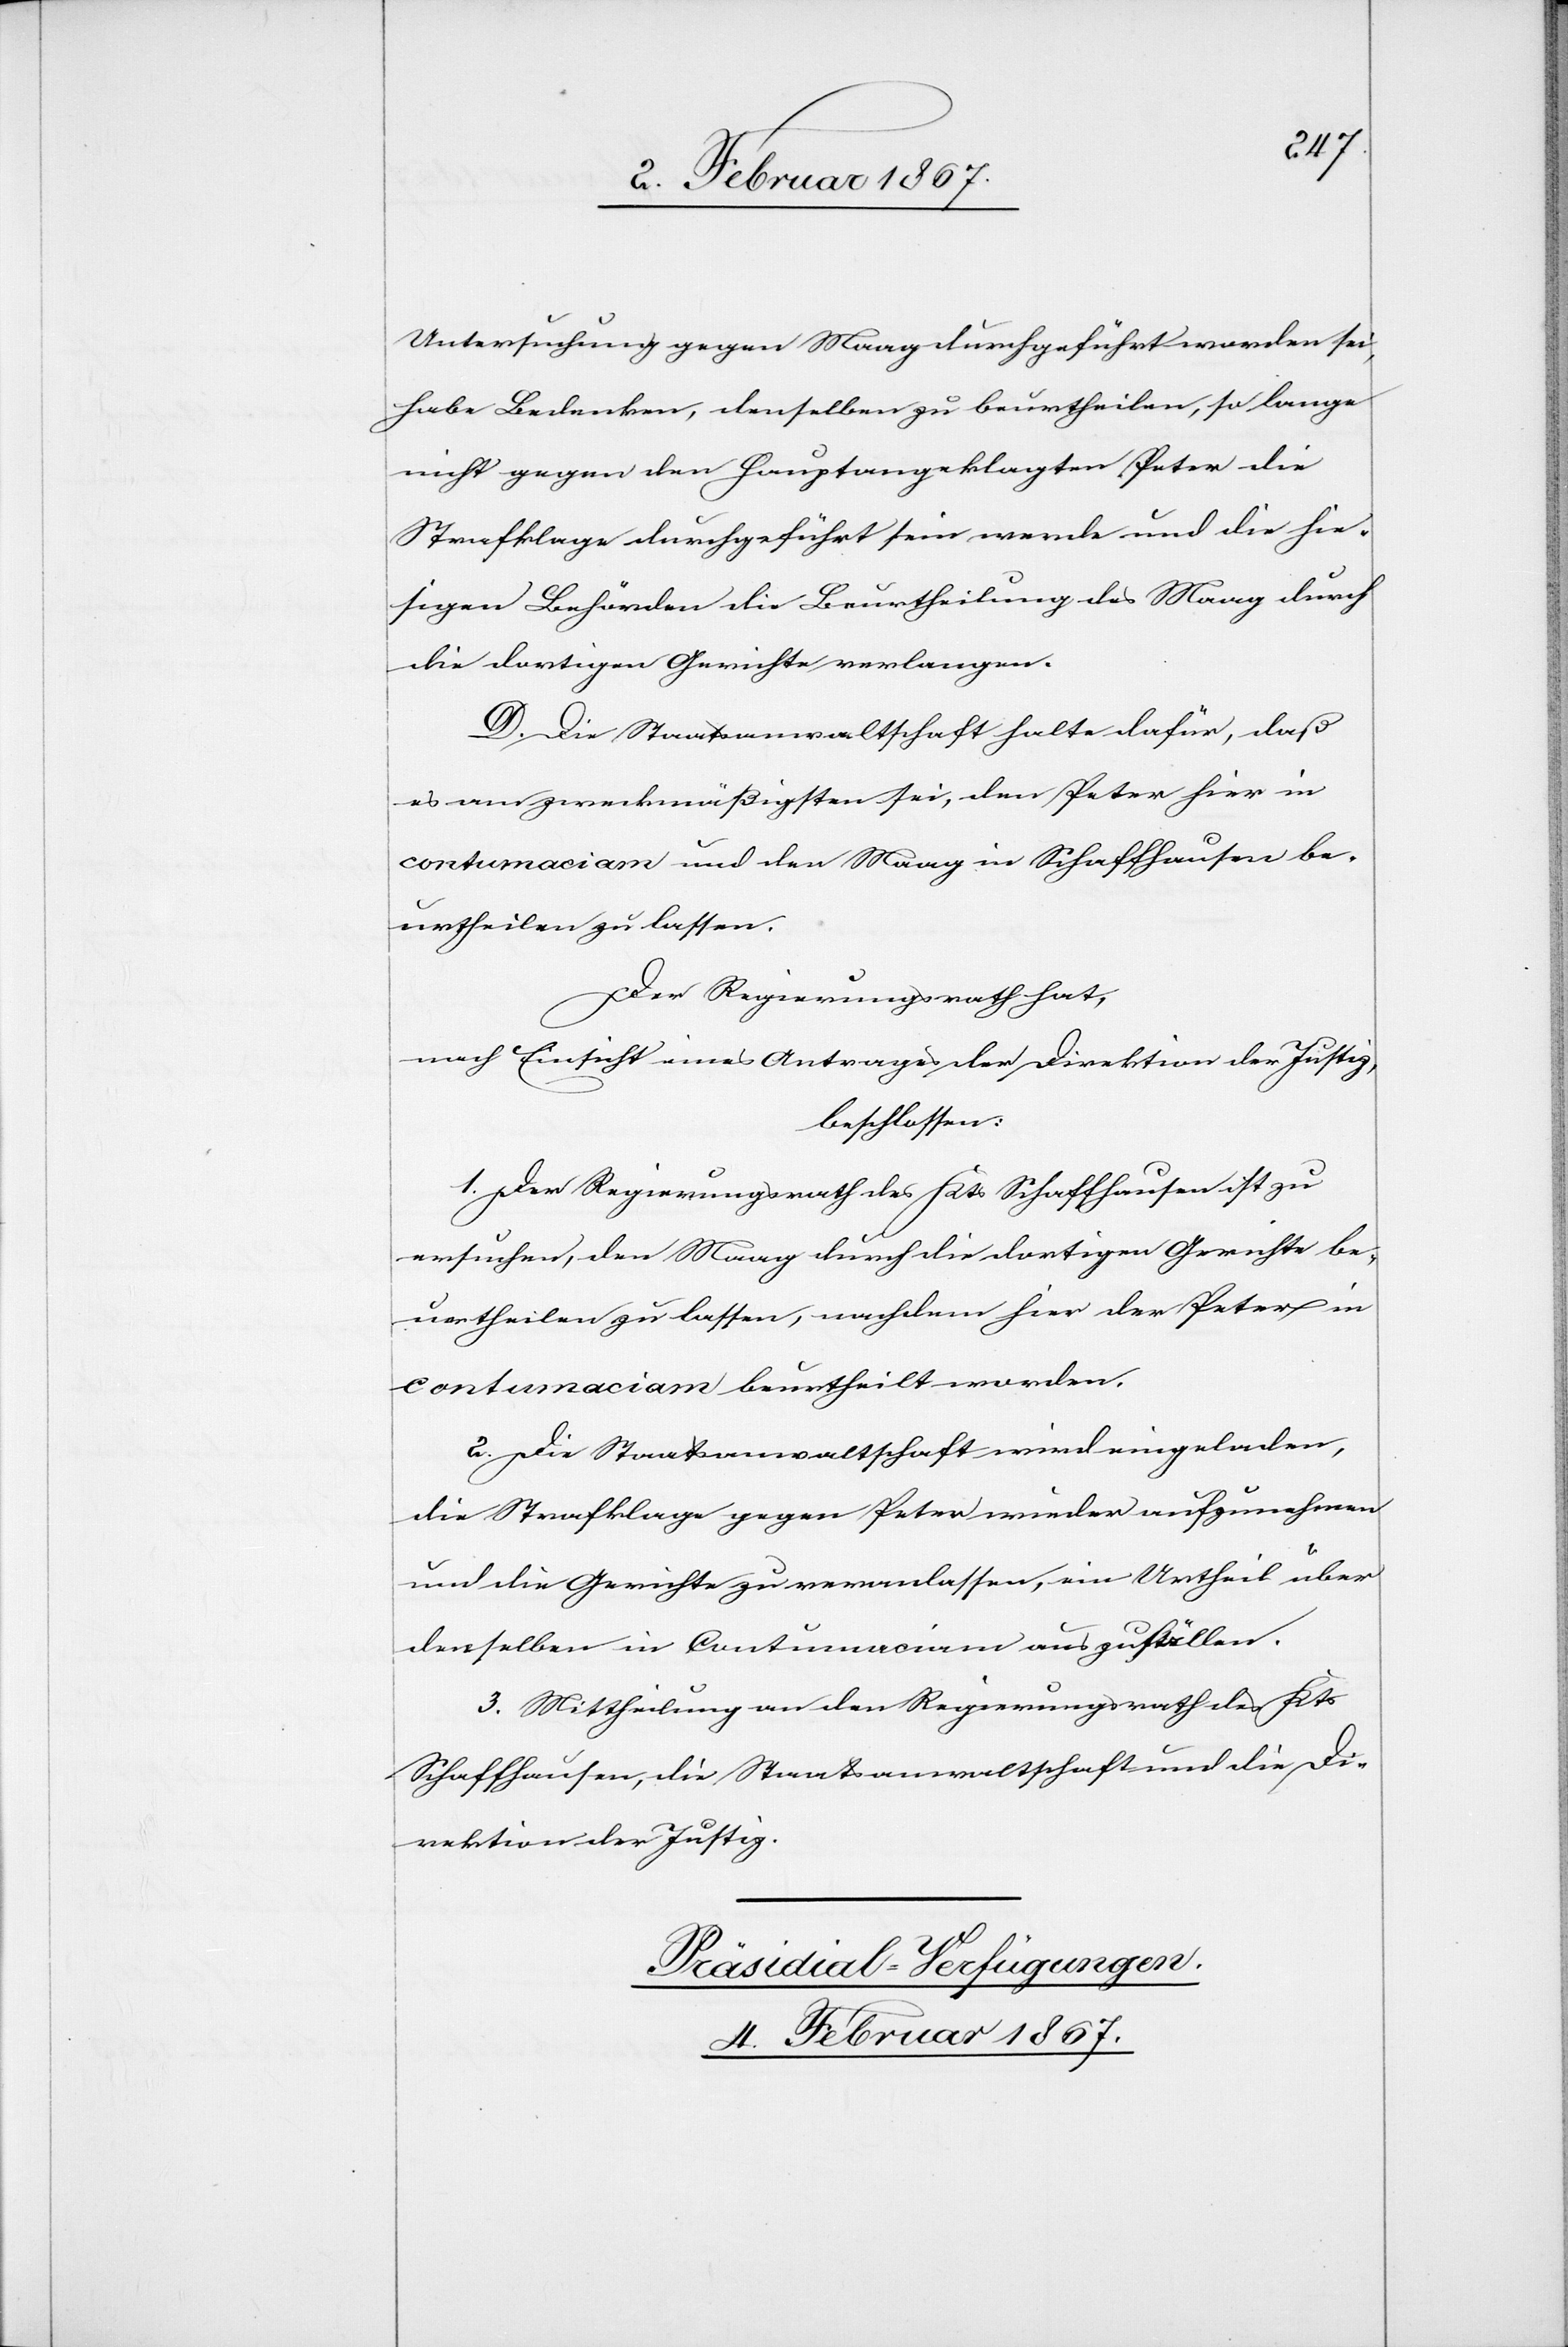
Untersuchung gegen Maag durchgeführt worden sei,
habe Bedenken, denselben zu beurtheilen, so lange
nicht gegen den Hauptangeklagten Peter die
Strafklage durchgeführt sein werde und die hie¬
sigen Behörden die Beurtheilung des Maag durch
die dortigen Gerichte verlangen.
D. Die Staatanwaltschaft halte dafür, daß
es am zweckmäßigsten sei, den Peter hier in
contumaciam und den Maag in Schaffhausen be¬
urtheilen zu lassen.
Der Regierungsrath hat,
nach Einsicht eines Antrages der Direktion der Justiz,
beschlossen:
1. Der Regierungsrath des Kts Schaffhausen ist zu
ersuchen, den Maag durch die dortigen Gerichte be¬
urtheilen zu lassen, nachdem hier der Peter in
contumaciam beurtheilt worden.
2. Die Staatsanwaltschaft wird eingeladen,
die Strafklage gegen Peter wieder aufzunehmen
und die Gerichte zu veranlassen, ein Urtheil über
denselben in Conumaciam auszufällen.
Direktion der Justiz.
Präsidial-Verfügungen.
4. Februar 1867.